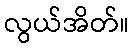
လွယ်အိတ်။